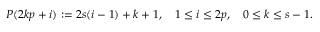
P ( 2 k p + i ) : = 2 s ( i - 1 ) + k + 1 , \quad 1 \leq i \leq 2 p , \quad 0 \leq k \leq s - 1 .